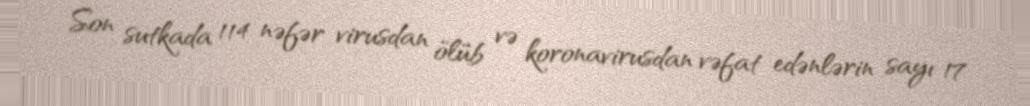
Son sutkada 114 nəfər virusdan ölüb və koronavirusdan vəfat edənlərin sayı 17